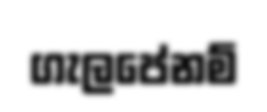
ගැලපේනම්